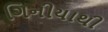
ગિનીયાથી